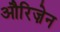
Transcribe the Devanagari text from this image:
औरिज़ेन